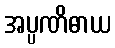
အပ္ပဏိဓာယ